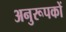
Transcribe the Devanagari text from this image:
अनुरूपकों